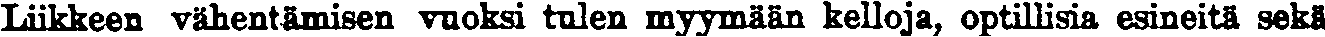
Liikkeen vähentämisen vuoksi tulen myymään kelloja, optillisia esineitä sekä